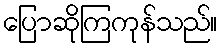
ပြောဆိုကြကုန်သည်။